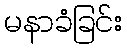
မနာခံခြင်း